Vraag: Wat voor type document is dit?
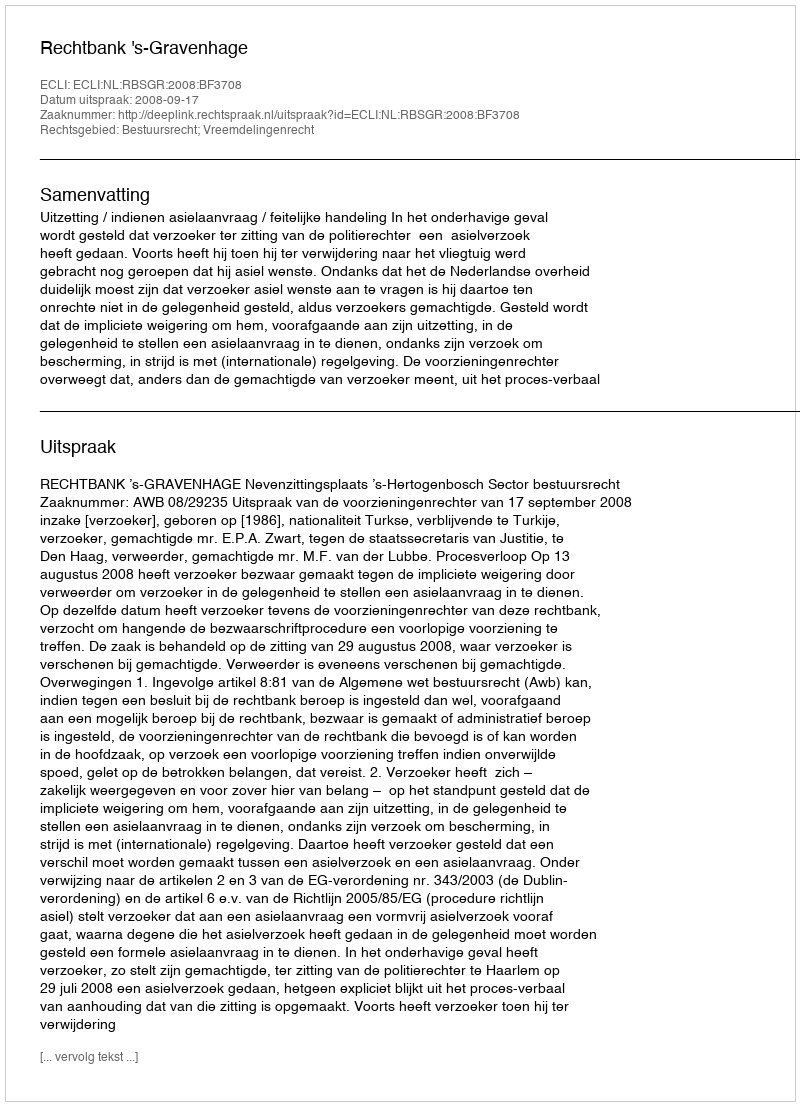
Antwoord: Uitspraak